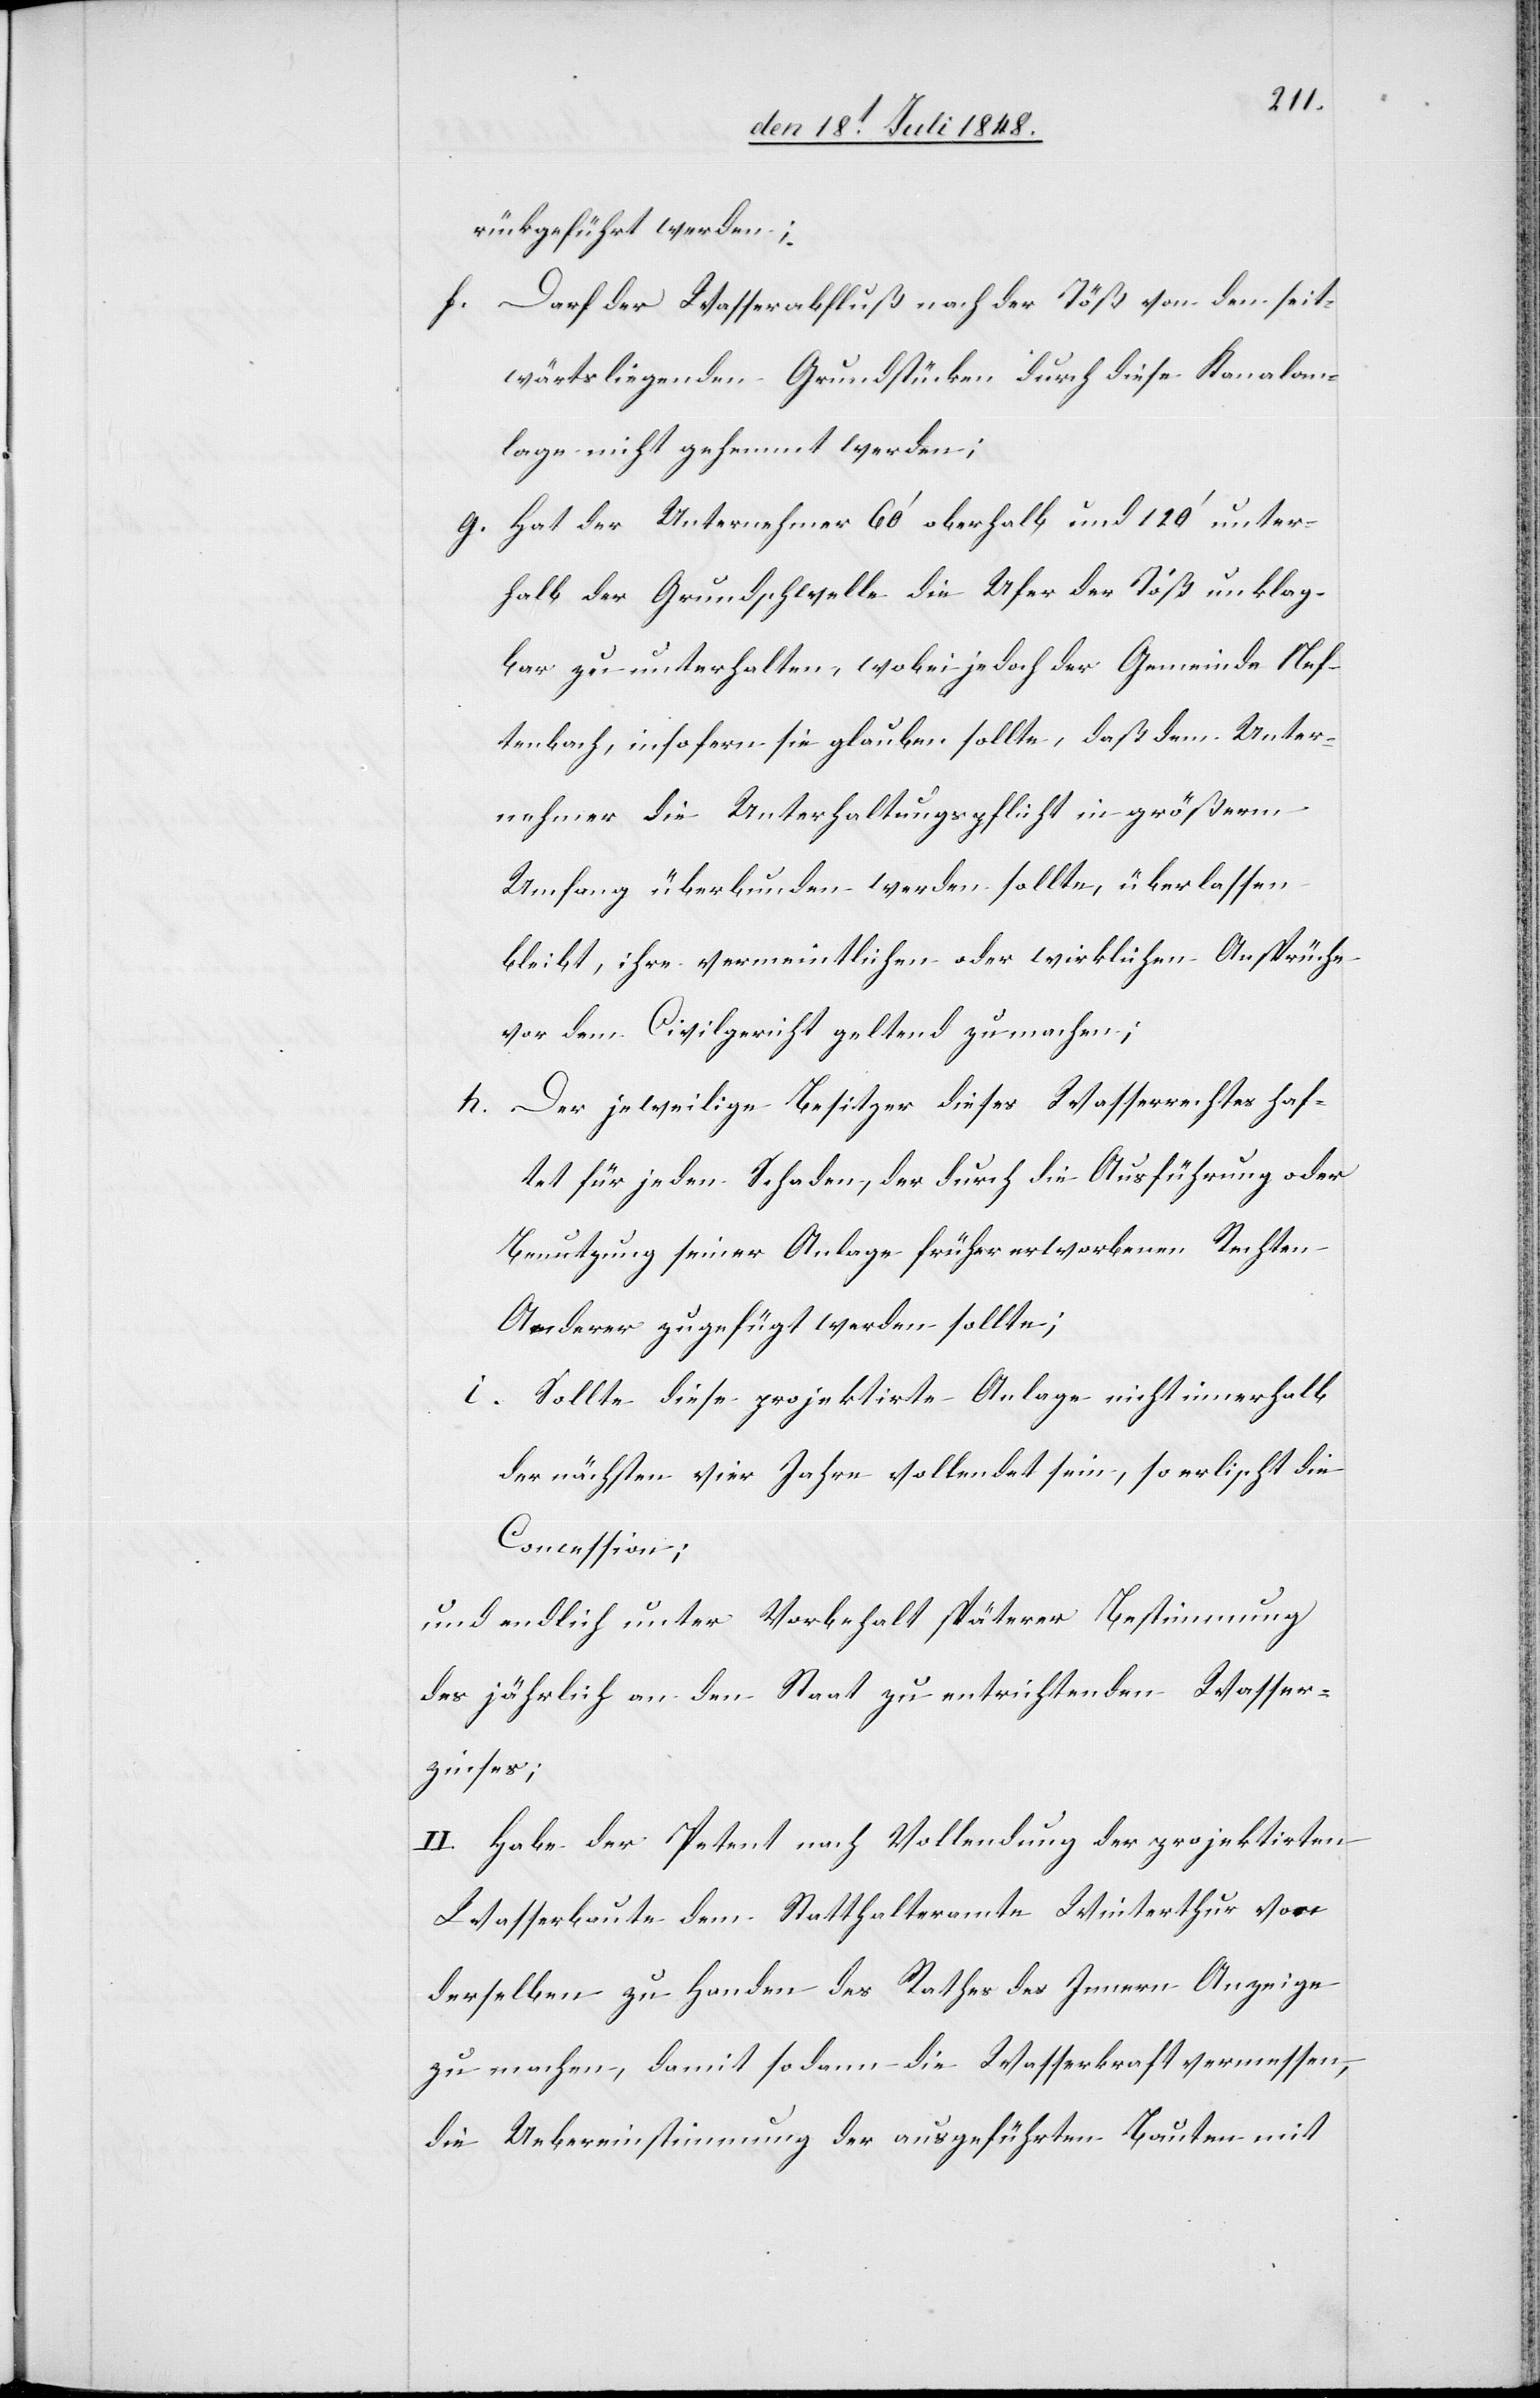
rückgeführt werden;
f. Daß der Wasserabfluß nach der Töß von den seit¬
wärtsliegenden Grundstücken durch diese Kanalan¬
lage nicht gehemmt werden;
g.) Hat der Unternehmer 60’ oberhalb und 120’ unter¬
halb der Grundschwelle die Ufer der Töß unklag¬
bar zu unterhalten, wobei jedoch der Gemeinde Nef¬
tenbach, insofern sie glauben sollte, daß dem Unter¬
nehmer die Unterhaltungspflicht in größerm
Umfang überbunden werden sollte, überlassen
bleibt, ihre vermeintlichen oder wirklichen Ansprüche
vor dem Civilgericht geltend zu machen;
h. Der jeweilige Besitzer dieses Wasserrechtes haf¬
tet für jeden Schaden, der durch die Ausführung oder
Benutzung seiner Anlage früher erworbenen Rechten
Anderer zugefügt werden sollte;
i. Sollte diese projektirte Anlage nicht innerhalb
der nächsten vier Jahre vollendet sein, so erlischt die
Concession;
und endlich unter Vorbehalt späterer Bestimmung
des jährlich an den Staat zu entrichtenden Wasser¬
zinses;
II. Habe der Petent nach Vollendung der projektirten
Wasserbaute dem Statthalteramte Winterthur von
derselben zu Handen des Rathes des Innern Anzeige
zu machen, damit sodann die Wasserkraft vermessen,
die Uebereinstimmung der ausgeführten Bauten mit